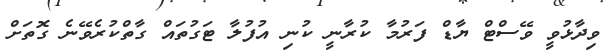
ވިދާޅުވީ ވޭސްޓް ޔާޑް ފަރުމާ ކުރާނީ ކުނި އުފުލާ ޓަގުތައް ގާތްކުރެވޭނެ ގޮތަށް